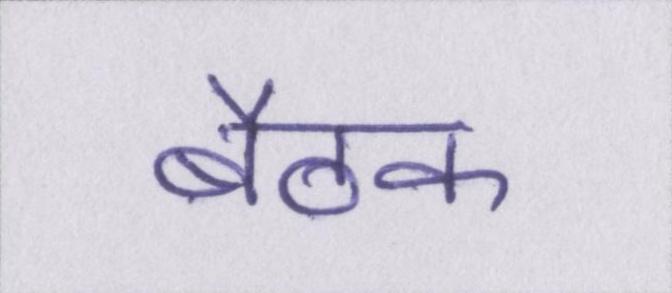
बैठक